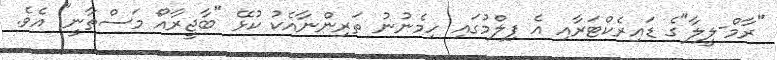
"ރާމް-ލީލާ"ގެ ޑައިރެކްޓަރާއި އެ ފިލްމުގައި ހިމެނުނު ތަރިންނާއެކު ކުޅޭ "ބާޖީރާއޯ މަސްތާނީ" އެވެ.